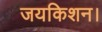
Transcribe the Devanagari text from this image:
जयकिशन।